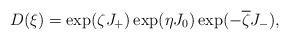
LaTeX: \begin{align*}D(\xi) =\exp(\zeta J_+)\exp(\eta J_0)\exp(- \overline\zeta J_-),\end{align*}